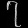
Digit: ၇